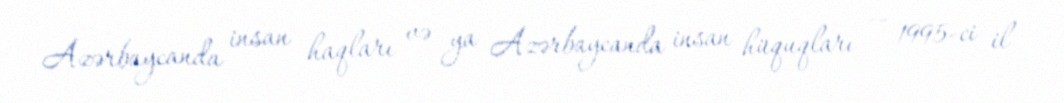
Azərbaycanda insan haqları və ya Azərbaycanda insan hüquqları — 1995-ci il